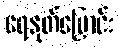
ရေနုတ်မြောင်း